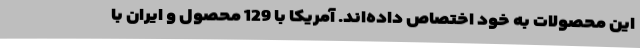
این محصولات به خود اختصاص داده‌اند. آمریکا با 129 محصول و ایران با